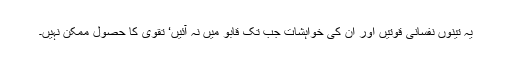
یہ تینوں نفسانی قوتیں اور ان کی خواہشات جب تک قابو میں نہ آئیں‘ تقویٰ کا حصول ممکن نہیں۔